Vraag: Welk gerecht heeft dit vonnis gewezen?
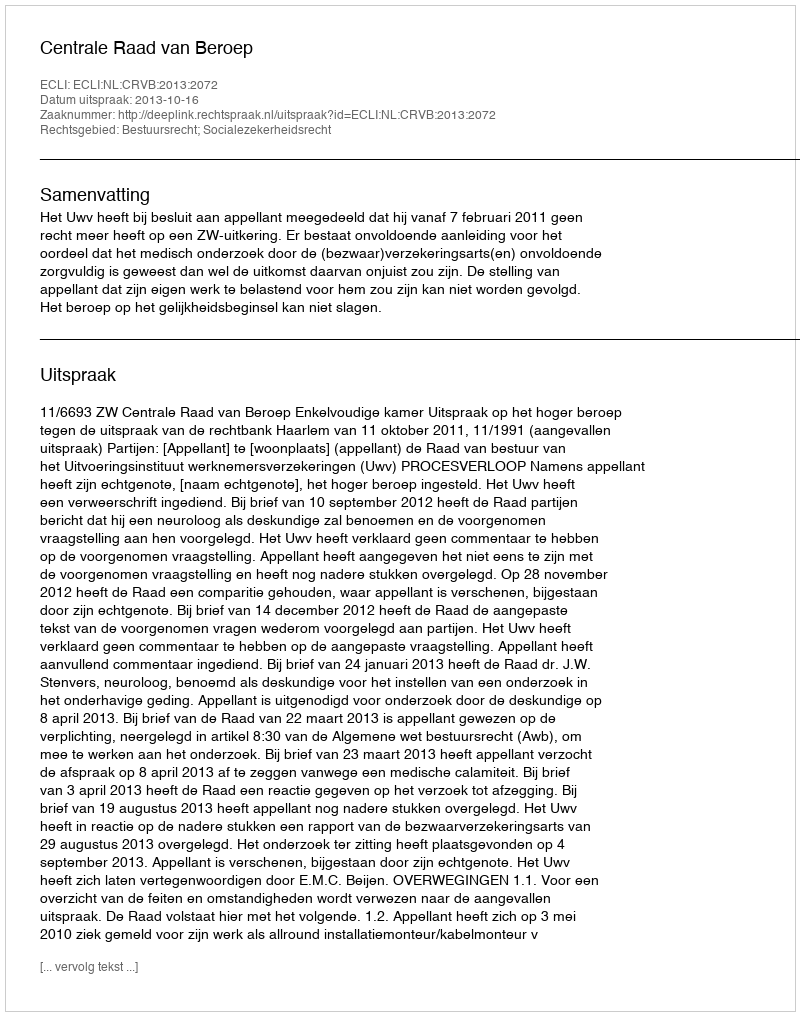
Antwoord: Centrale Raad van Beroep